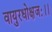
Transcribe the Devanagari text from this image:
वायुरधोक्षजः।।